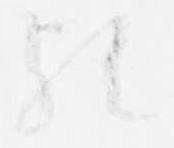
歟